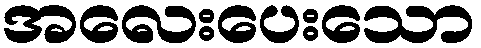
အလေးပေးသော